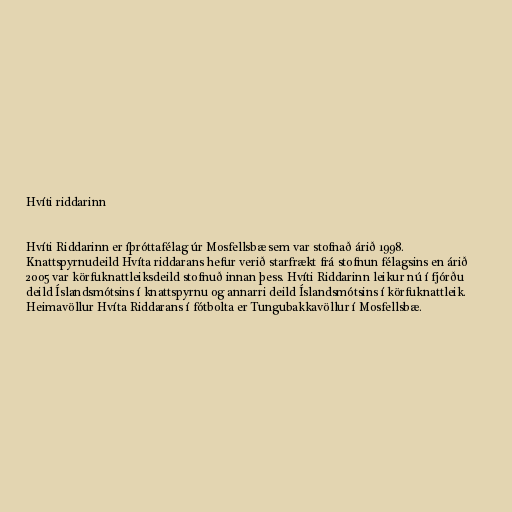
Hvíti riddarinn

Hvíti Riddarinn er íþróttafélag úr Mosfellsbæ sem var stofnað árið 1998.
Knattspyrnudeild Hvíta riddarans hefur verið starfrækt frá stofnun félagsins en árið
2005 var körfuknattleiksdeild stofnuð innan þess. Hvíti Riddarinn leikur nú í fjórðu
deild Íslandsmótsins í knattspyrnu og annarri deild Íslandsmótsins í körfuknattleik.
Heimavöllur Hvíta Riddarans í fótbolta er Tungubakkavöllur í Mosfellsbæ.